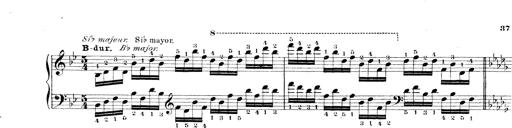
Title: Technische Studien
Composer: Franz Liszt